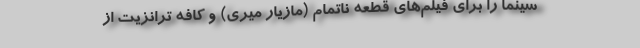
سینما را برای فیلم‌های قطعه ناتمام (مازیار میری) و کافه ترانزیت از